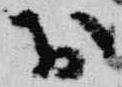
於